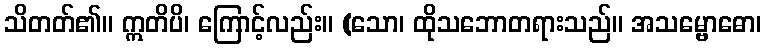
သိတတ်၏။ ဣတိပိ၊ ကြောင့်လည်း။ (သော၊ ထိုသဘောတရားသည်။ အသမ္ဗောဓော၊